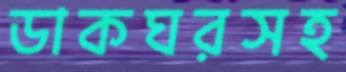
ডাকঘরসহ